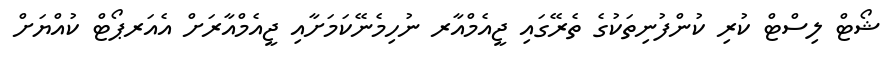
ޝޯޓް ލިސްޓް ކުރި ކުންފުނިތަކުގެ ތެރޭގައި ޖީއެމްއާރ ނުހިމެނޭކަމަށާއި ޖީއެމްއާރަށް އެއަރޕޯޓް ކުއްޔަށް